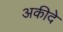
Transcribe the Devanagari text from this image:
अकीदे